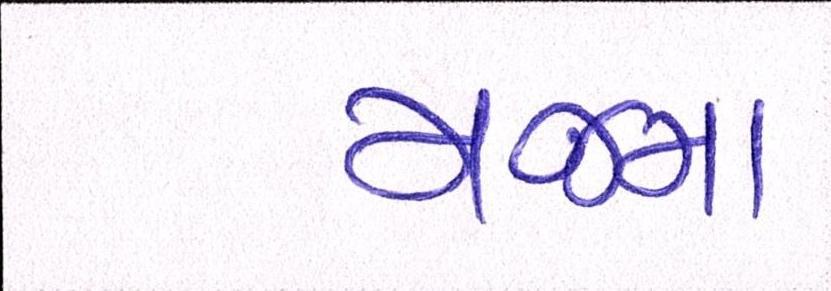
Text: મજમા